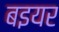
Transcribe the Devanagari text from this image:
बइयर